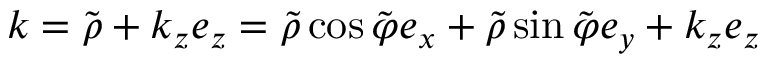
\boldsymbol { k } = \tilde { \boldsymbol { \rho } } + k _ { z } \boldsymbol { e } _ { z } = \tilde { \rho } \cos \tilde { \varphi } \boldsymbol { e } _ { x } + \tilde { \rho } \sin \tilde { \varphi } \boldsymbol { e } _ { y } + k _ { z } \boldsymbol { e } _ { z }